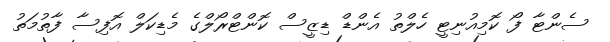
ސެންޓާ ފޯ ކޮމިއުނިޓީ ހެލްތު އެންޑް ޑިޒީސް ކޮންޓްރޯލްގެ މެޑިކަލް އޮފިސާ ފާތުމަތު